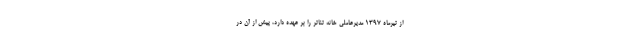
از تیرماه ۱۳۹۷ مدیرعاملی خانه تئاتر را بر عهده دارد، پیش از آن در